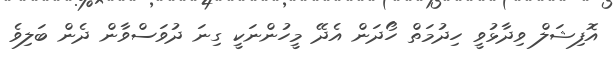
އޮފިޝަލް ވިދާޅުވީ ހިދުމަތް ހޯދަން އެދޭ މީހުންނަކީ ގިނަ ދުވަސްވާން ދެން ބަލިވެ